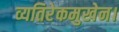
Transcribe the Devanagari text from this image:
व्यतिरेकमुखेन।